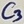
Text: C3